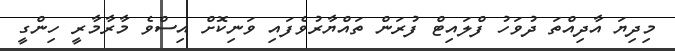
މިދިޔަ އާދިއްތަ ދުވަހު ފްލައިޓް ފުރަން ތައްޔާރުވެފައި ވަނިކޮށް އިސްވެ މާރާމާރީ ހިންގީ